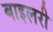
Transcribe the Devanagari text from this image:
बाइलरी